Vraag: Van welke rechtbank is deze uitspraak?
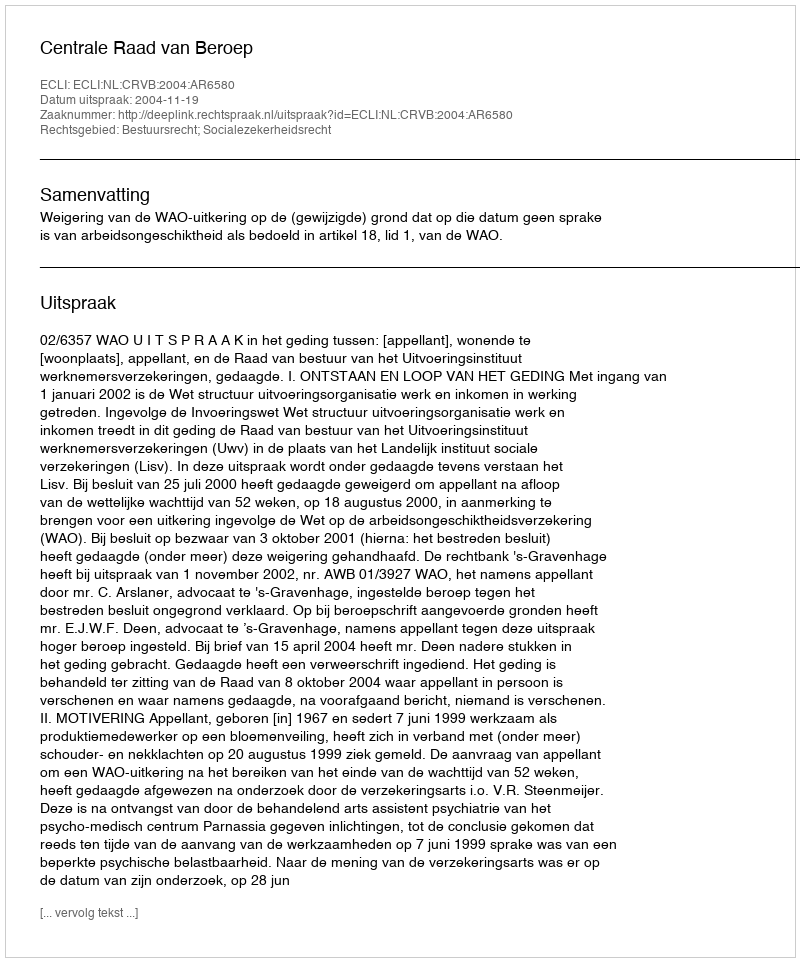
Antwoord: Centrale Raad van Beroep